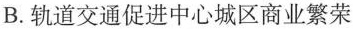
B.轨道交通促进中心城区商业繁荣